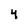
Character: 4